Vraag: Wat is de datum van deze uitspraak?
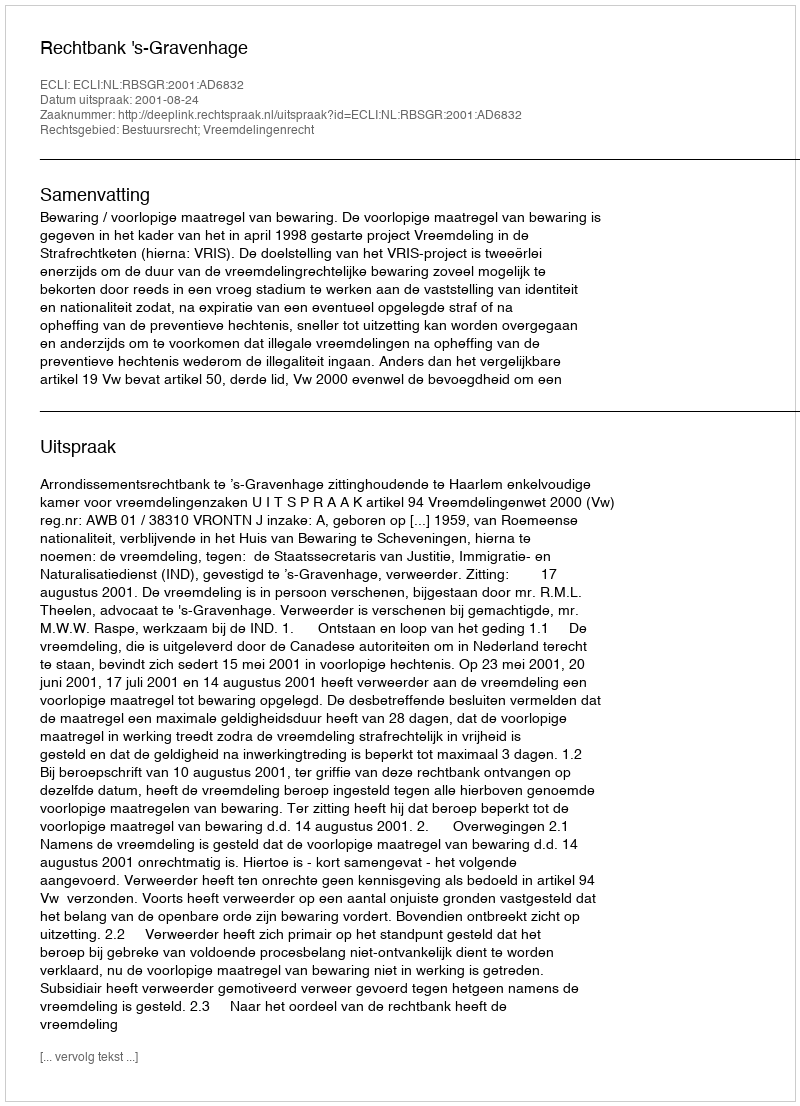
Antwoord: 2001-08-24